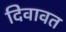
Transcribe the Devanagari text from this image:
दिवावत